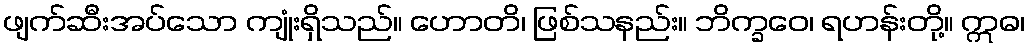
ဖျက်ဆီးအပ်သော ကျုံးရှိသည်။ ဟောတိ၊ ဖြစ်သနည်း။ ဘိက္ခဝေ၊ ရဟန်းတို့။ ဣဓ၊